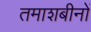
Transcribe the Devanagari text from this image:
तमाशबीनों